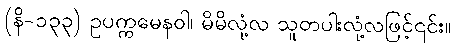
(နိ-၁၃၃) ဥပက္ကမေနဝါ၊ မိမိလုံ့လ သူတပါးလုံ့လဖြင့်၎င်း။